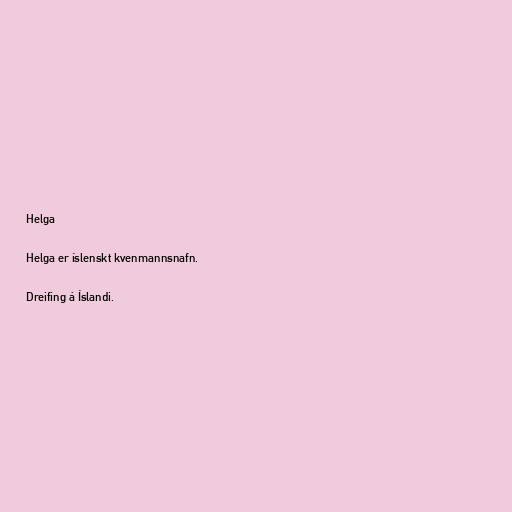
Helga

Helga er íslenskt kvenmannsnafn.

Dreifing á Íslandi.